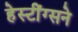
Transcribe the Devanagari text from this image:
हेस्टींग्सने